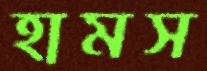
হামস